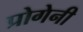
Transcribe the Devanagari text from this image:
प्रोगेनी